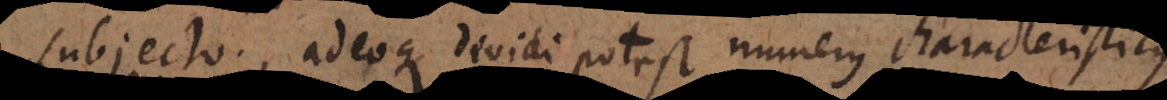
subjecto, adeoque dividi potest numerus characteristicus